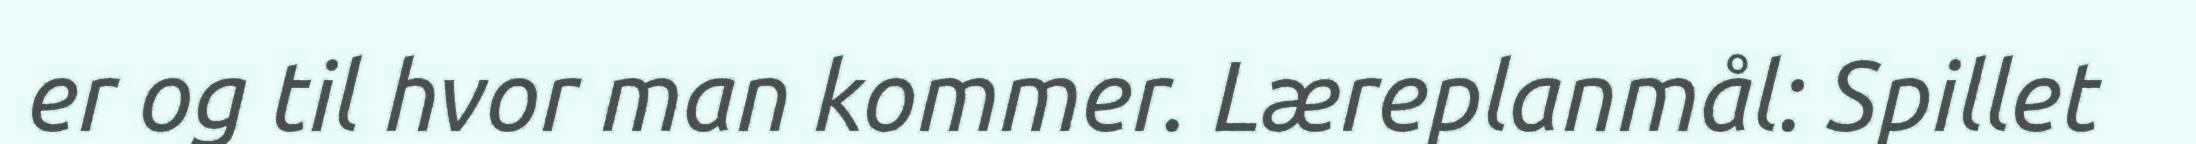
er og til hvor man kommer. Læreplanmål: Spillet